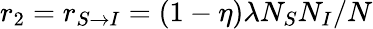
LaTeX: r_{2}=r_{S\rightarrow I}=(1-\eta)\lambda N_{S}N_{I}/N